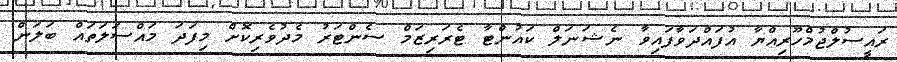
ރައީސުލްޖުމްހޫރިއްޔާ އުފައްދަވާފައިވާ ނެޝަނަލް ކައުންޓާ ޓެރަރިޒަމް ސެންޓަރު މެދުވެރިކޮށް މިފަދަ މައްސަލަތައް ބަލަން